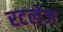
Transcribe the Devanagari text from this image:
रटलेज